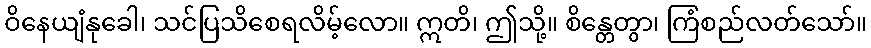
ဝိနေယျံနုခေါ၊ သင်ပြသိစေရလိမ့်လော။ ဣတိ၊ ဤသို့။ စိန္တေတွာ၊ ကြံစည်လတ်သော်။